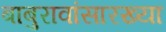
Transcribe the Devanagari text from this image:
बाबुरावांसारख्या